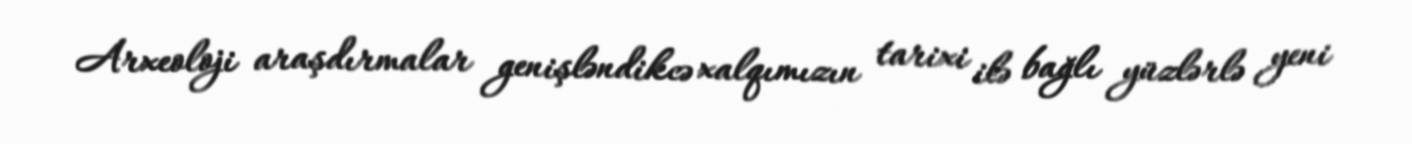
Arxeoloji araşdırmalar genişləndikcə xalqımızın tarixi ilə bağlı yüzlərlə yeni